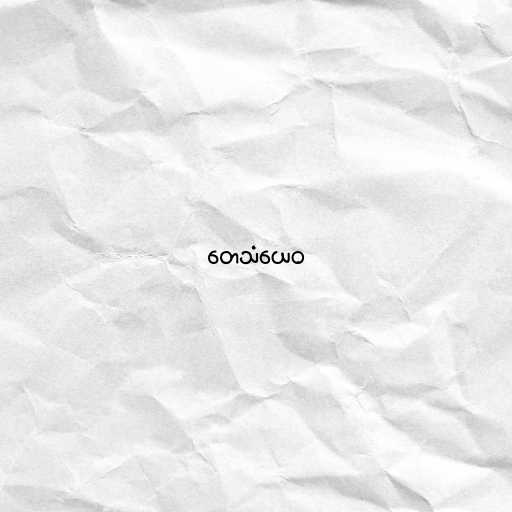
တေသံယေဝ